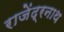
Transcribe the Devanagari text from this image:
राजेंद्रनाथ